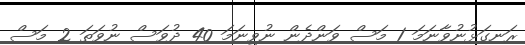
ރަނގަޅުނުވާނަމަ 1 މަސް ވަންދެން ނުވިނަމަ 40 ދުވަސް ނުވަތަ 2 މަސް